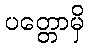
ပတ္တောမှိ